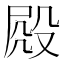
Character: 𣪍